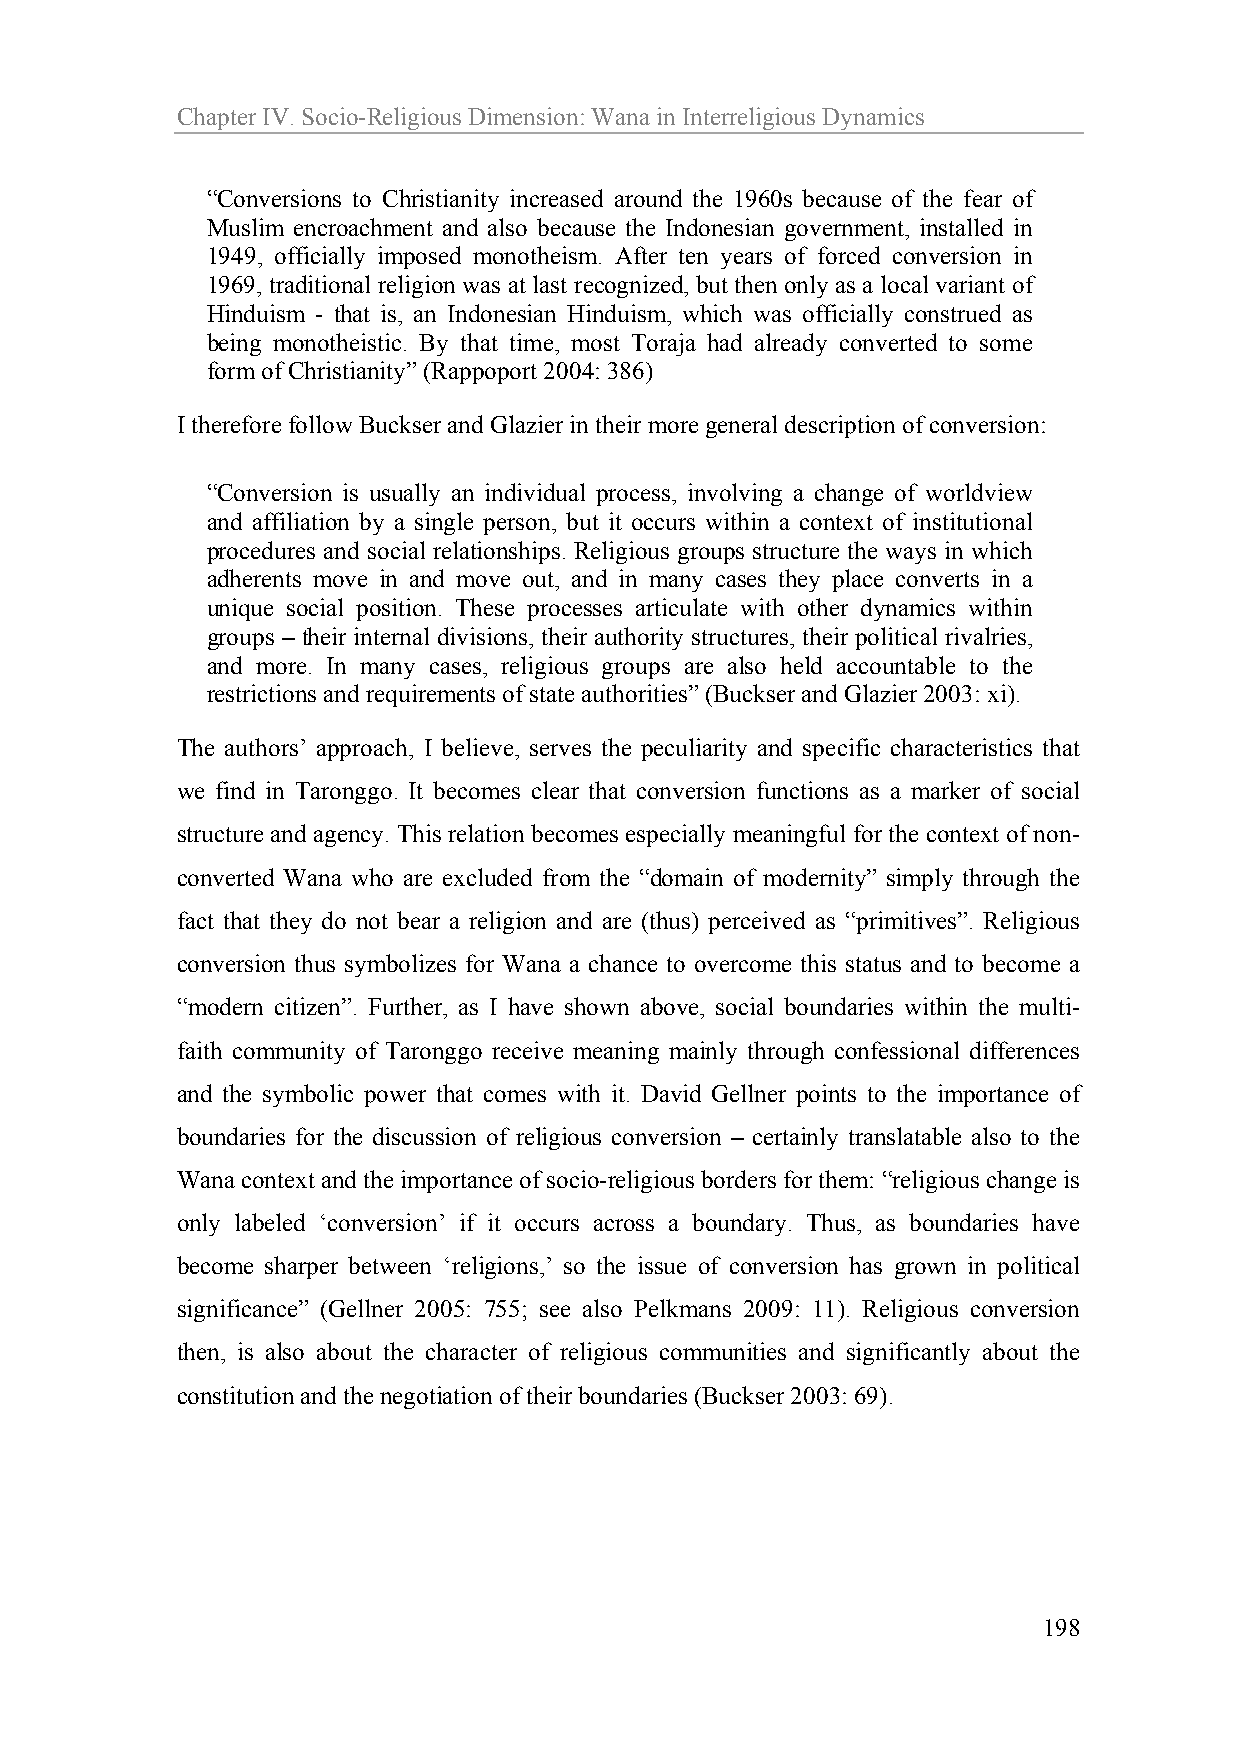
Chapter IV. Socio-Religious Dimension: Wana in Interreligious Dynamics
 “Conversions to Christianity increased around the 1960s because of the fear of
 Muslim encroachment and also because the Indonesian government, installed in
 1949, officially imposed monotheism. After ten years of forced conversion in
 1969, traditional religion was at last recognized, but then only as a local variant of
 Hinduism - that is, an Indonesian Hinduism, which was officially construed as
 being monotheistic. By that time, most Toraja had already converted to some
 form of Christianity” (Rappoport 2004: 386)
 I therefore follow Buckser and Glazier in their more general description of conversion:
 “Conversion is usually an individual process, involving a change of worldview
 and affiliation by a single person, but it occurs within a context of institutional
 procedures and social relationships. Religious groups structure the ways in which
 adherents move in and move out, and in many cases they place converts in a
 unique social position. These processes articulate with other dynamics within
 groups – their internal divisions, their authority structures, their political rivalries,
 and more. In many cases, religious groups are also held accountable to the
 restrictions and requirements of state authorities” (Buckser and Glazier 2003: xi).
 The authors’ approach, I believe, serves the peculiarity and specific characteristics that
 we find in Taronggo. It becomes clear that conversion functions as a marker of social
 structure and agency. This relation becomes especially meaningful for the context of non-
 converted Wana who are excluded from the “domain of modernity” simply through the
 fact that they do not bear a religion and are (thus) perceived as “primitives”. Religious
 conversion thus symbolizes for Wana a chance to overcome this status and to become a
 “modern citizen”. Further, as I have shown above, social boundaries within the multi-
 faith community of Taronggo receive meaning mainly through confessional differences
 and the symbolic power that comes with it. David Gellner points to the importance of
 boundaries for the discussion of religious conversion – certainly translatable also to the
 Wana context and the importance of socio-religious borders for them: “religious change is
 only labeled ‘conversion’ if it occurs across a boundary. Thus, as boundaries have
 become sharper between ‘religions,’ so the issue of conversion has grown in political
 significance” (Gellner 2005: 755; see also Pelkmans 2009: 11). Religious conversion
 then, is also about the character of religious communities and significantly about the
 constitution and the negotiation of their boundaries (Buckser 2003: 69).
 198